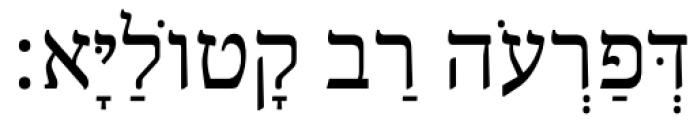
דְּפַרְעֹה רַב קָטוֹלַיָּא׃